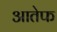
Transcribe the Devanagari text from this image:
आतेफ